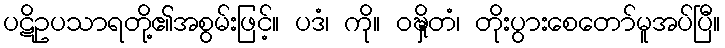
ပဋိဥပသာရတို့၏အစွမ်းဖြင့်။ ပဒံ၊ ကို။ ဝဍ္ဎှိတံ၊ တိုးပွားစေတော်မူအပ်ပြီ။